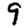
Digit: 9